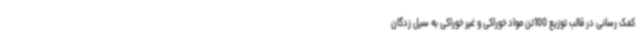
کمک رسانی در قالب توزیع 100تن مواد خوراکی و غیر خوراکی به سیل زدگان